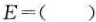
E=（）